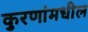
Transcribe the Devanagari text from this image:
कुरणांमधील